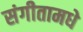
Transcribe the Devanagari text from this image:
संगीतामधे